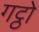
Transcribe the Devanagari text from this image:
गट्ठो